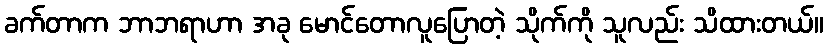
ခက်တာက ဘာဘရာဟာ အခု မောင်တောလူပြောတဲ့ သိုက်ကို သူလည်း သိထားတယ်။